Lunatic asylums Bombay report 1878-1890 - 1878-1890
Year: 1878
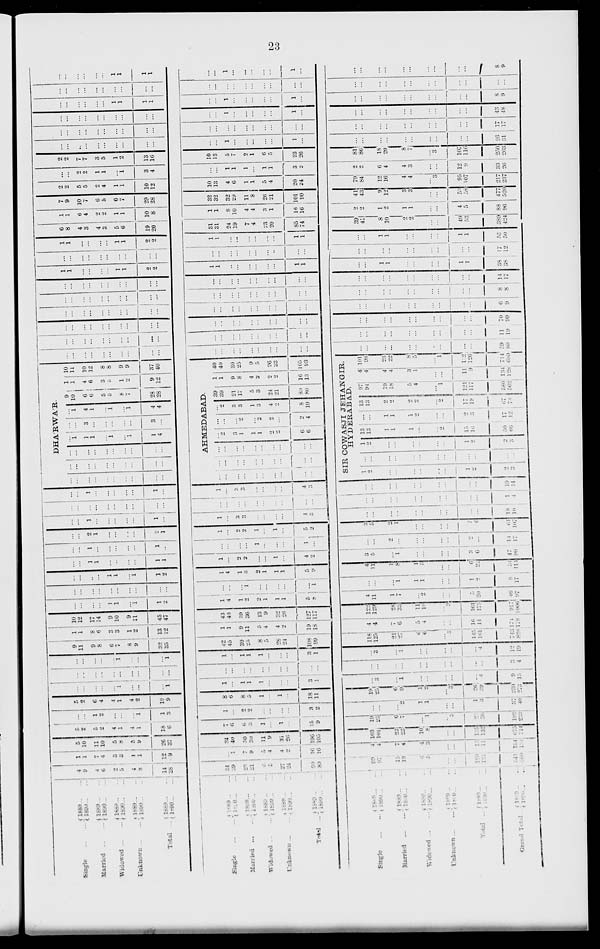
23
Single ... ...
Married ...
Widowed ...
Unknown ...
Total ...
1889 ... ...
1890 ... ...
1889 ... ...
1890 ... ...
1889 ... ...
1890 ... ...
1889 ... ...
1890 ... ...
1889 ... ...
1890 ... ...
4
9
4
6
2
5
4
8
14
28
1
1
4
4
3
3
1
1
12
9
5
10
11
10
5
8
5
9
26
37
5
2
5
2
4
1
4
1
18
6
...
...
1
2
...
...
...
...
1
...
5
2
6
4
4
1
4
2
19
9
...
...
...
...
...
1
...
...
...
1
...
...
...
...
...
...
...
...
...
...
...
...
...
...
...
1
...
...
...
1
9
11
9
8
6
7
8
9
32
35
1
1
8
6
3
3
1
2
13
12
10
12
17
14
9
10
9
11
45
47
...
...
...
...
1
1
...
1
1
2
...
...
...
...
...
...
...
...
...
...
...
...
...
...
1
1
...
1
1
2
...
...
1
1
...
...
...
...
1
1
...
...
1
...
...
...
...
...
1
...
...
...
2
1
...
...
...
...
2
1
...
...
1
...
...
...
...
...
1
...
...
...
...
...
...
...
...
...
...
...
...
...
1
...
...
...
...
...
1
...
DHÁRWÁR.
...
...
...
...
...
...
...
...
...
...
...
...
...
...
...
...
...
...
...
...
...
...
...
...
...
...
...
...
...
...
...
...
...
...
...
...
...
...
...
...
...
1
1
1
...
1
...
1
1
4
...
...
3
...
...
...
...
...
3
...
...
1
4
1
...
1
...
1
4
4
9
10
6
6
5
5
8
7
28
28
1
1
4
6
3
3
1
2
9
12
10
11
10
12
8
8
9
9
37
40
...
...
...
...
...
...
...
...
...
...
...
...
...
...
...
...
...
...
...
...
...
...
...
...
...
...
...
...
...
...
...
...
...
...
...
...
...
...
...
. . .
...
...
...
...
...
...
...
...
...
...
...
...
...
...
...
...
...
...
...
...
1
1
...
...
...
...
1
1
2
2
...
...
...
...
...
...
...
...
...
...
1
1
...
...
...
...
1
1
2
2
6
8
4
3
4
3
5
6
19
20
1
1
6
4
2
2
1
1
10
8
7
9
10
7
6
5
6
7
29
28
2
2
5
5
2
4
1
1
10
12
...
...
2
2
1
1
...
1
3
4
2
2
7
7
3
5
1
2
13
16
...
...
...
...
...
...
...
...
...
...
...
...
...
...
...
...
...
...
...
...
...
...
...
...
...
...
...
...
...
...
...
...
...
...
...
...
1
1
1
1
...
...
...
...
...
...
...
...
...
...
...
...
...
...
...
...
1
1
1
1
Single ... ...
Married ...
Widowed ...
Unknown ...
Total ...
1889 ... ...
1890 ... ...
1889 ... ...
1890 ... ...
1889 ... ...
1890 ... ...
1889 ... ...
1890 ... ...
1889 ... ...
1890 ... ...
34
39
23
21
6
5
27
24
90
89
...
1
7
9
5
4
4
2
16
16
34
40
30
30
11
9
31
26
106
105
7
6
6
3
1
...
1
...
15
9
1
...
2
2
...
...
...
...
3
2
8
6
8
5
1
...
1
...
18
11
1
...
1
1
1
...
...
...
3
1
...
...
...
...
...
...
...
...
...
...
1
...
1
1
1
...
...
...
3
1
42
45
30
25
8
5
28
24
108
99
1
1
9
11
5
4
4
2
19
18
43
46
39
36
13
9
32
26
127
117
1
4
1
2
2
1
1
1
5
8
...
...
...
1
...
...
...
...
...
1
1
4
1
3
2
1
1
1
5
9
1
...
2
2
...
...
1
...
4
2
...
...
...
...
1
...
...
...
1
...
1
...
2
2
1
...
1
...
5
2
1
...
3
3
...
...
...
...
4
3
...
...
...
...
...
...
...
...
...
...
1
...
3
3
...
...
...
...
4
3
AHMEDABAD.
...
...
...
...
...
...
...
...
...
...
...
...
...
...
...
...
...
...
...
...
...
...
...
...
...
...
...
...
...
...
...
2
3
1
1
1
2
2
6
6
...
...
...
2
...
2
2
...
2
4
...
2
3
3
1
3
4
2
8
10
39
39
21
17
5
3
24
21
89
80
1
1
9
8
4
2
2
2
16
13
40
40
30
25
9
5
26
23
105
93
...
...
...
...
...
...
...
...
...
...
...
...
...
...
...
...
...
...
...
...
...
...
...
...
...
...
...
...
...
...
...
...
...
...
...
...
...
...
...
...
...
...
...
...
...
...
...
...
...
...
...
...
...
...
...
...
...
...
...
...
1
1
...
...
...
...
...
...
1
1
...
...
...
...
...
...
...
...
...
...
1
1
...
...
...
...
...
...
1
1
31
31
24
19
7
4
23
20
85
74
1
1
8
10
4
4
3
1
16
16
32
32
32
29
11
8
26
21
101
90
10
13
4
6
1
1
5
4
20
24
...
...
1
1
1
...
1
1
3
2
10
13
5
7
2
1
6
5
23
26
...
...
1
...
...
...
...
...
1
...
...
...
...
...
...
...
...
...
...
...
...
...
1
...
...
...
...
...
1
...
...
...
1
...
...
...
...
...
1
...
...
...
...
...
...
...
...
...
...
...
...
...
1
...
...
...
...
...
1
...
Single ... ...
Married ...
Widowed ...
Unknown ...
Total ...
Grand Total ...
1889 ... ...
1890 ... ...
1889 ... ...
1890 ... ...
1889 ... ...
1890 ... ...
1889 ... ...
1890 ... ...
1889 ... ...
1890 ... ...
1889 ... ...
1890 ... ...
99
97
15
19
6
5
...
...
120
121
541
580
4
4
7
4
4
3
...
...
15
11
134
134
103
101
22
23
10
8
...
...
135
132
075
714
19
25
6
4
...
1
...
3
25
36
193
233
...
...
...
2
1
1
...
...
1
3
37
40
19
25
6
9
1
2
...
1
26
39
230
273
...
3
...
1
...
...
...
...
...
4
9
15
...
...
...
...
...
...
...
...
...
...
3
4
...
3
...
1
...
...
...
...
...
4
12
19
118
125
21
27
6
6
...
3
145
161
743
828
4
4
7
6
5
4
...
...
16
14
174
178
122
129
28
33
11
10
...
3
161
175
977
1006
4
11
1
7
...
2
...
...
5
20
40
97
...
...
...
1
1
1
...
...
1
2
8
17
4
11
1
8
1
3
...
...
6
22
54
114
3
5
...
1
...
...
...
...
3
6
47
90
...
...
2
...
...
...
...
...
2
...
14
17
3
5
2
1
...
...
...
...
5
6
61
107
...
...
...
...
...
...
...
...
...
...
18
10
...
...
...
...
...
...
...
...
...
...
1
4
...
...
...
...
...
...
...
...
...
...
19
14
SIR COWASJI JEHANGIR,
HYDERABAD,
1
2
...
...
...
...
...
...
1
2
2
3
...
...
...
...
...
...
...
...
...
...
...
...
1
2
...
...
...
...
...
...
1
2
2
3
13
13
1
1
1
...
...
2
15
16
50
66
...
...
1
1
1
2
...
...
2
3
17
12
13
13
2
2
2
2
...
2
17
19
67
78
97
94
19
18
5
4
...
1
121
117
580
562
4
4
4
4
3
1
...
...
11
9
134
128
101
98
23
22
8
5
...
1
132
126
714
690
...
...
...
...
...
...
...
...
...
...
59
80
...
...
...
...
...
...
...
...
...
...
11
19
...
...
...
...
...
...
...
...
...
...
70
99
...
...
...
...
...
...
...
...
...
...
6
9
...
...
...
...
...
...
...
...
...
...
8
8
...
...
...
...
...
...
...
...
...
...
14
17
...
...
1
1
...
...
...
...
1
1
38
38
...
...
...
...
...
...
...
...
...
...
17
12
...
...
1
1
...
...
...
...
1
1
55
50
39
41
8
10
2
2
...
...
49
53
389
424
2
2
1
2
1
1
...
...
4
5
88
96
41
43
9
12
3
3
...
...
53
58
477
520
79
84
12
16
4
4
...
3
95
107
217
237
2
2
6
4
4
3
...
...
12
9
33
26
81
86
18
20
8
7
...
3
107
116
250
263
...
...
...
... ...
...
...
...
...
...
26
31
...
...
...
...
...
...
...
...
...
...
17
17
...
...
...
...
...
...
...
...
...
...
43
48
...
...
...
...
...
...
...
...
...
...
8
9
...
...
...
...
...
...
...
...
...
...
...
...
...
...
...
...
...
...
...
...
...
...
8
9